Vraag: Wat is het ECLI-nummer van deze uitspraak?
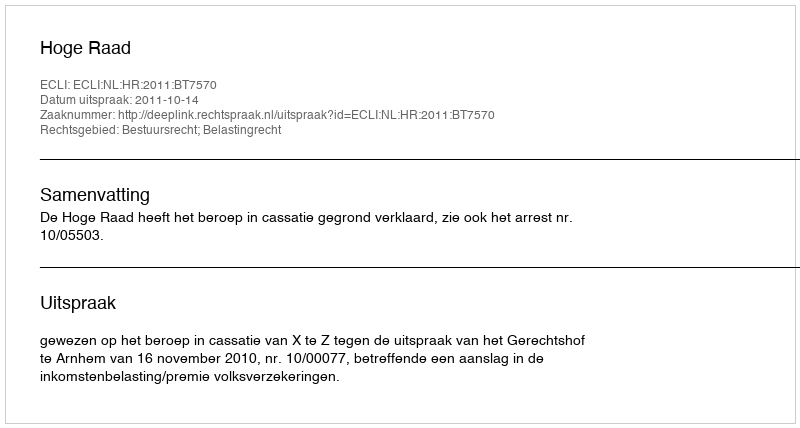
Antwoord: ECLI:NL:HR:2011:BT7570